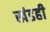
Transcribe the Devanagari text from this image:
खंडही